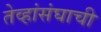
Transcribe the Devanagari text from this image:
तेव्हांसंघाची